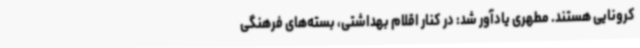
کرونایی هستند. مطهری یادآور شد: در کنار اقلام بهداشتی، بسته‌های فرهنگی